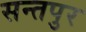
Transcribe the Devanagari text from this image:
सन्तपुर